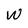
Character: W